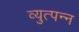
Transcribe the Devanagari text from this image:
व्युत्‍पन्‍न